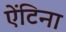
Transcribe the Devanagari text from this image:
ऐंटिना